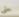
حتى